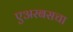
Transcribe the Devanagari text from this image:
एअरबसचा